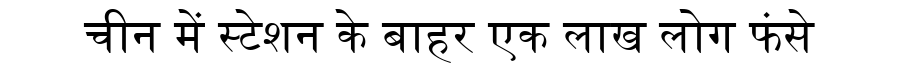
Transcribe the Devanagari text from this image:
चीन में स्टेशन के बाहर एक लाख लोग फंसे